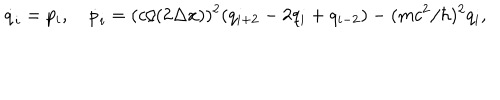
LaTeX: \dot { q } _ { i } = p _ { i } , \quad \dot { p } _ { i } = ( c / ( 2 \Delta x ) ) ^ { 2 } ( q _ { i + 2 } - 2 q _ { i } + q _ { i - 2 } ) - ( m c ^ { 2 } / \hbar ) ^ { 2 } q _ { i } ,